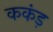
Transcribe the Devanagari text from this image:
ककंड़